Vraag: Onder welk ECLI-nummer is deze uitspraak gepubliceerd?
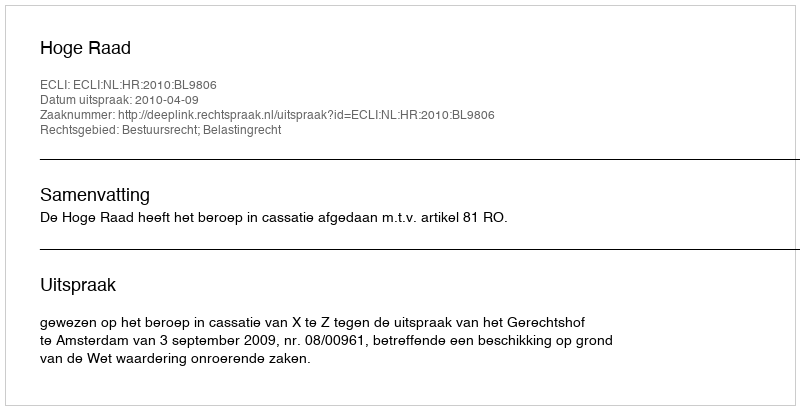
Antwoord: ECLI:NL:HR:2010:BL9806